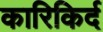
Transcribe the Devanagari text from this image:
कारिकिर्द